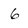
Character: 6